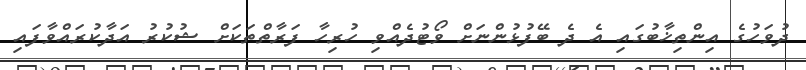
ދުވަހުގެ އިންތިޚާބުގައި އެ ދެ ބޭފުޅުންނަށް ވޯޓުދެއްވި ހުރިހާ ފަރާތްތަކަށް ޝުކުރު އަދާކުރައްވާފައި